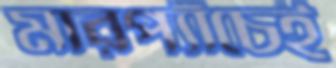
মারপ্যাঁচেই